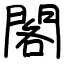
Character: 閣